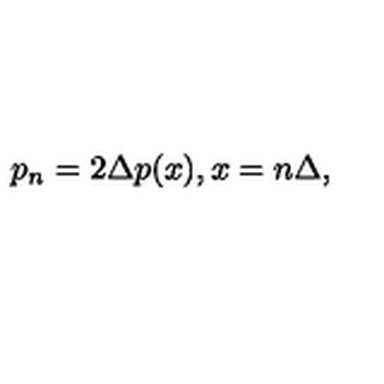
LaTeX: p _ { n } = 2 \Delta p ( x ) , x = n \Delta ,